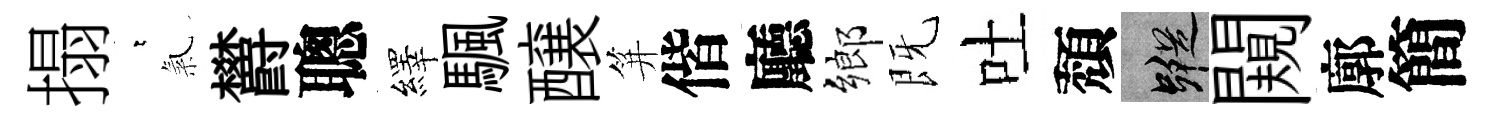
搨萋氣欝聰繹颿醸笄偕廳鄉既吐頽蹤闚廓簡